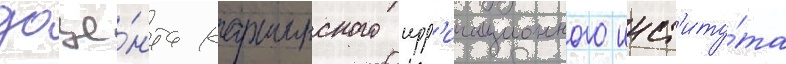
доце́нта каршинского ирр'игационного инст'иту́та